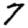
Digit: 7